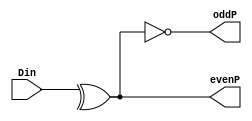
module par_gen(Din,evenP,oddP);
parameter N=6;
input [N-1:0] Din;
output evenP,oddP;

assign evenP = ^Din;
assign oddP = ~evenP;

endmodule